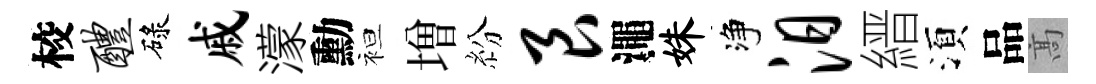
校醴碌戚濛勳袒増紛艮澠姝净汨縉湏品髙